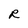
Character: R